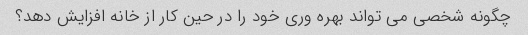
چگونه شخصی می تواند بهره وری خود را در حین کار از خانه افزایش دهد؟